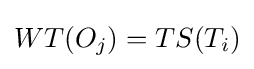
WT(O_{j})=TS(T_{i})